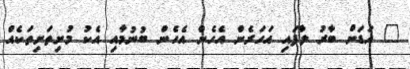
" އަޑަށް ބާރު ލާފައި އަހަރެން އެހެން އެހެން ބުނުމާއި އެކު މުށިތަށިތަކެއް